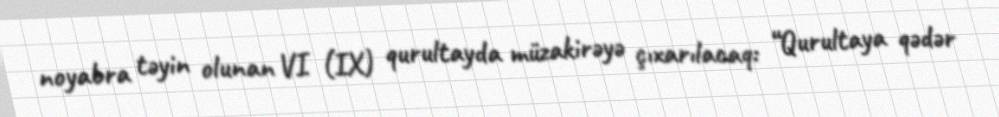
noyabra təyin olunan VI (IX) qurultayda müzakirəyə çıxarılacaq: “Qurultaya qədər